Scottish Certificate of Education, 1962
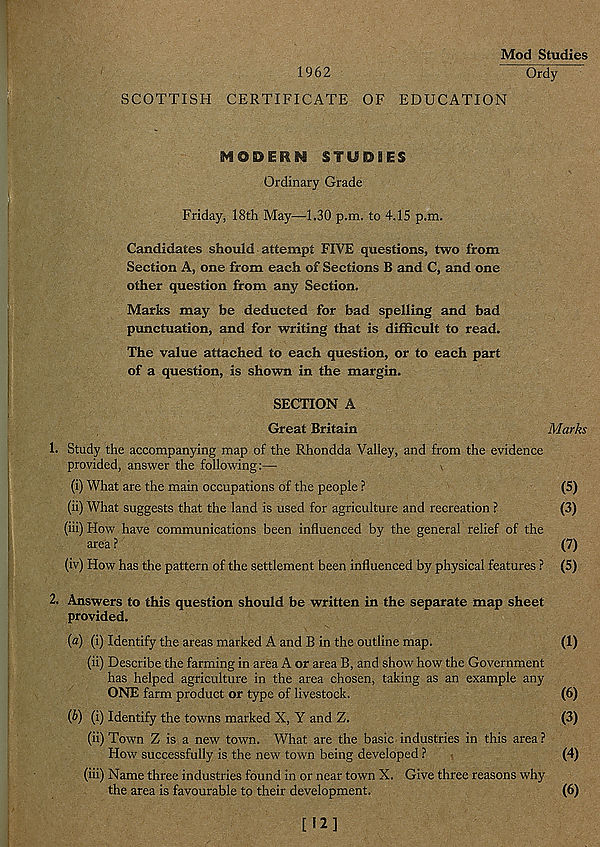
Mod Studies
1962
Ordy
SCOTTISH CERTIFICATE OF EDUCATION
MODERN STUDIES
Ordinary Grade
Friday, 18th May—1.30 p.m. to 4.15 p.m.
Candidates should attempt FIVE questions, two from
Section A, one from each of Sections B and C, and one
other question from any Section.
Marks may be deducted for bad spelling and bad
punctuation, and for writing that is difficult to read.
The value attached to each question, or to each part
of a question, is shown in the margin.
SECTION A
Great Britain
Marks
Study the accompanying map of the Rhondda Valley, and from the evidence
provided, answer the following:—
(i) What are the main occupations of the people ?
(5)
(ii) What suggests that the land is used for agriculture and recreation ?
(3)
(iii) How have communications been influenced by the general relief of the
area ?
(7)
(iv) How has the pattern of the settlement been influenced by physical features ? (5)
2. Answers to this question should be written in the separate map sheet
provided.
(a) (i) Identify the areas marked A and B in the outline map.
(1)
(ii) Describe the farming in area A or area B, and show how the Government
has helped agriculture in the area chosen, taking as an example any
ONE farm product or type of livestock.
(6)
(b) (i) Identify the towns marked X, Y and Z.
(3)
(ii) Town Z is a new town. What are the basic industries in this area?
How successfully is the new town being developed ?
(4)
(iii) Name three industries found in or near town X. Give three reasons why
the area is favourable to their development,
(6)
[12]